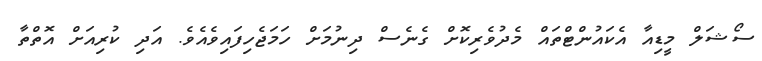
ސޯޝަލް މީޑިއާ އެކައުންޓްތައް މެދުވެރިކޮށް ގެނެސް ދިނުމަށް ހަމަޖެހިފައިވެއެވެ. އަދި ކުރިއަށް އޮތްތާ